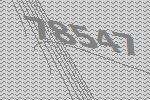
78547